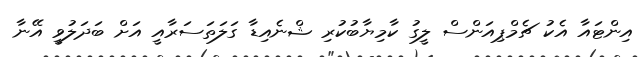
އިންޓައާ އެކު ޗެމްޕިއަންސް ލީގު ކާމިޔާބުކުރި ޝްނެއިޑާ ގަލަތަސަރާއީ އަށް ބަދަލުވީ އޭނާ